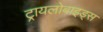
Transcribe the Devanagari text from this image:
ट्रायलोबाइड्स